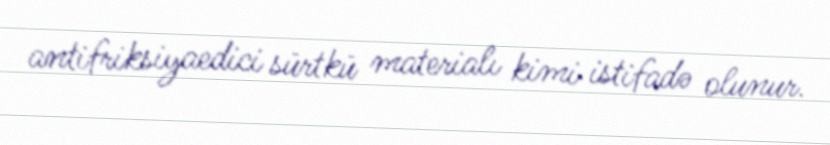
antifriksiyaedici sürtkü materialı kimi istifadə olunur.